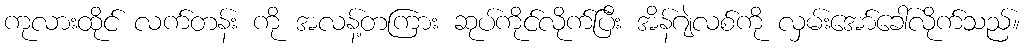
ကုလားထိုင် လက်တန်း ကို အလန့်တကြား ဆုပ်ကိုင်လိုက်ပြီး အိန်ဂျဲလစ်ကို လှမ်းအော်ခေါ်လိုက်သည်။